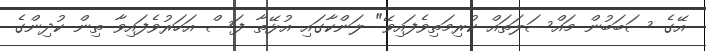
އޭގެ ސަބަބުން މައްސަލަތައް ކުރިމަތިވެފައިވޭ" ލަންކާގައި އުޅޭތާ ފަސް އަހަރުވެފައިވާ ތިން ކުދިންގެ